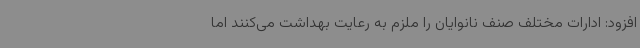
افزود: ادارات مختلف صنف نانوایان را ملزم به رعایت بهداشت می‌کنند اما